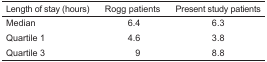
| Length of stay (hours) | Rogg patients | Present study patients |
 | --- | --- | --- |
 | Median | 6.4 | 6.3 |
 | Quartile 1 | 4.6 | 3.8 |
 | Quartile 3 | 9 | 8.8 |